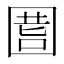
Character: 𡇾